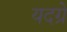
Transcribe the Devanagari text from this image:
यदग्रे